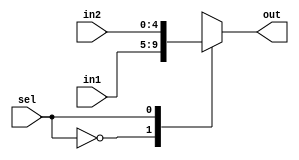
module miniMux (out, in1 , in2, sel);
    
    input sel;
    input [4:0] in1,in2;
    output reg [4:0] out;
    
    always@(sel or in1 or in2)
    case (sel)
      0: out <= in1;
      1: out <= in2;
    endcase
    
endmodule